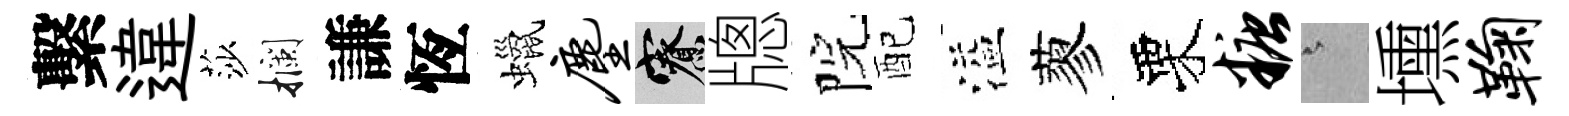
繫違莎攔謙恆蠟尘寮牕院配溢蓼栗糖澹壎鞠